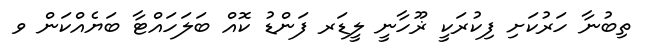
ތިބުނާ ހަރުކަށި ފިކުރަކީ ޜޫހާނީ ލީޑަރ ފަންޑު ކޮއް ބަލަހައްޓާ ބަޔެއްކަން ވ